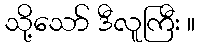
သို့သော် ဒီလူကြီး ။